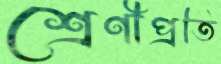
শ্রেণীপ্রতি